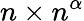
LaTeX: n\times n^{\alpha}